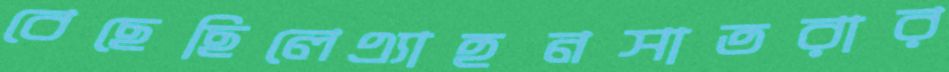
বেছেছিলেএ্যাহনসাতরার